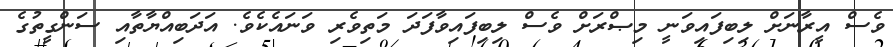
ވެސް އީރާނަށް ލިބިފައިވަނީ މިޞްރަށް ވެސް ލިބިފައިވާފަދަ މަތިވެރި ވަނައެކެވެ. އަދަބިއްޔާތާއި ސަންގީތުގެ